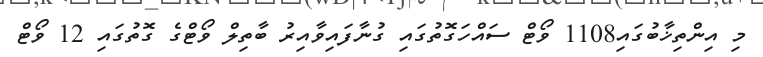
މި އިންތިޚާބުގައި1108 ވޯޓް ސައްހަގޮތުގައި ގުނާފައިވާއިރު ބާތިލް ވޯޓްގެ ގޮތުގައި 12 ވޯޓް